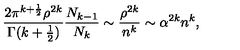
\frac { 2 \pi ^ { k + \frac { 1 } { 2 } } \rho ^ { 2 k } } { \Gamma ( k + \frac { 1 } { 2 } ) } \frac { N _ { k - 1 } } { N _ { k } } \sim \frac { \rho ^ { 2 k } } { n ^ { k } } \sim \alpha ^ { 2 k } n ^ { k } ,